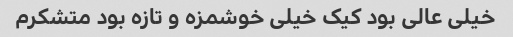
خیلی عالی بود کیک خیلی خوشمزه و تازه بود متشکرم